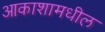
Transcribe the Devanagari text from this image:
आकाशामधील